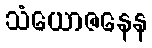
သံယောဇနေန